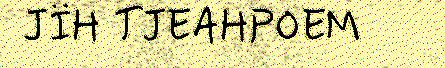
JÏH TJEAHPOEM